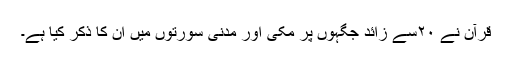
قرآن نے ۲۰سے زائد جگہوں پر مکّی اور مدنی سورتوں میں ان کا ذکر کیا ہے۔